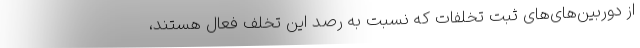
از دوربین‌های‌های ثبت تخلفات که نسبت به رصد این تخلف فعال هستند،